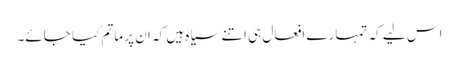
اس لیے کہ تمہارے افعال ہی اتنے سیاہ ہیں کہ ان پر ماتم کیا جائے۔